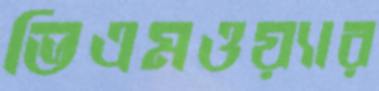
ভিএমওয়্যার